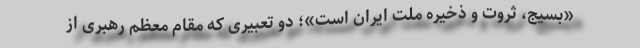
«بسیج، ثروت و ذخیره ملت ایران است»؛ دو تعبیری که مقام معظم رهبری از